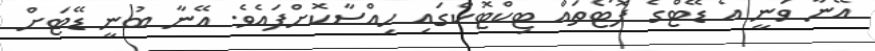
އޭނާ ވަނީ އެ ޑޭޓްގެ ފޮޓޯތައް ޓިކްޓޮކްގައި ހިއްސާކޮށްފައެވެ. އޭނާ ބުނީ ޑޭޓަށް